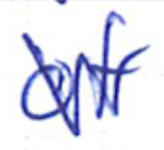
Text: of
Cross-out: mix
Writing tool: ballpoint